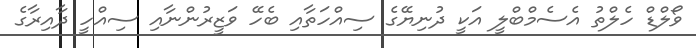
ވޯލްޑް ހެލްތު އެސެމްބްލީ އަކީ ދުނިޔޭގެ ސިއްހަތާއި ބެހޭ ވަޒީރުންނާއި ސިއްހީ ދާއިރާގެ